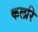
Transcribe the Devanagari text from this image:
कलरि